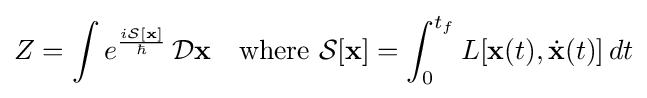
Z=\int e^{\frac {i{\mathcal {S}}[\mathbf {x} ]}{\hbar }}\,{\mathcal {D}}\mathbf {x} \quad {\text{where }}{\mathcal {S}}[\mathbf {x} ]=\int _{0}^{t_{f}}L[\mathbf {x} (t),{\dot {\mathbf {x} }}(t)]\,dt